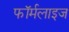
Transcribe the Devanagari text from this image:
फॉर्मलाइज